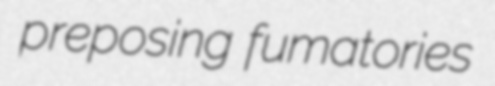
preposing fumatories